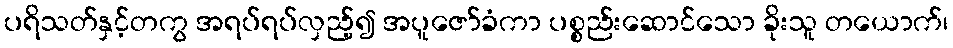
ပရိသတ်နှင့်တကွ အရပ်ရပ်လှည့်၍ အပူဇော်ခံကာ ပစ္စည်းဆောင်သော ခိုးသူ တယောက်၊